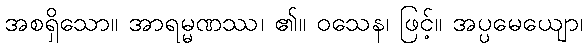
အစရှိသော။ အာရမ္မဏဿ၊ ၏။ ဝသေန၊ ဖြင့်။ အပ္ပမေယျော၊